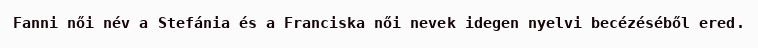
Fanni női név a Stefánia és a Franciska női nevek idegen nyelvi becézéséből ered.